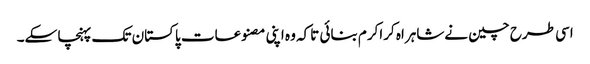
اسی طرح چین نےشاہراہ کراکرم بنائی تاکہ وہ اپنی مصنوعات پاکستان تک پہنچا سکے۔